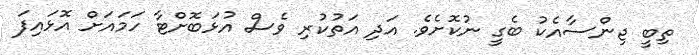
ތިބީ ޖިންސާއެކު ބެގީ ނުކޮށެވެ. އަދި އަތުކުރި ވެސް އުޅަބޮށްޓާ ހަމައަށް އޮޅައިފަ